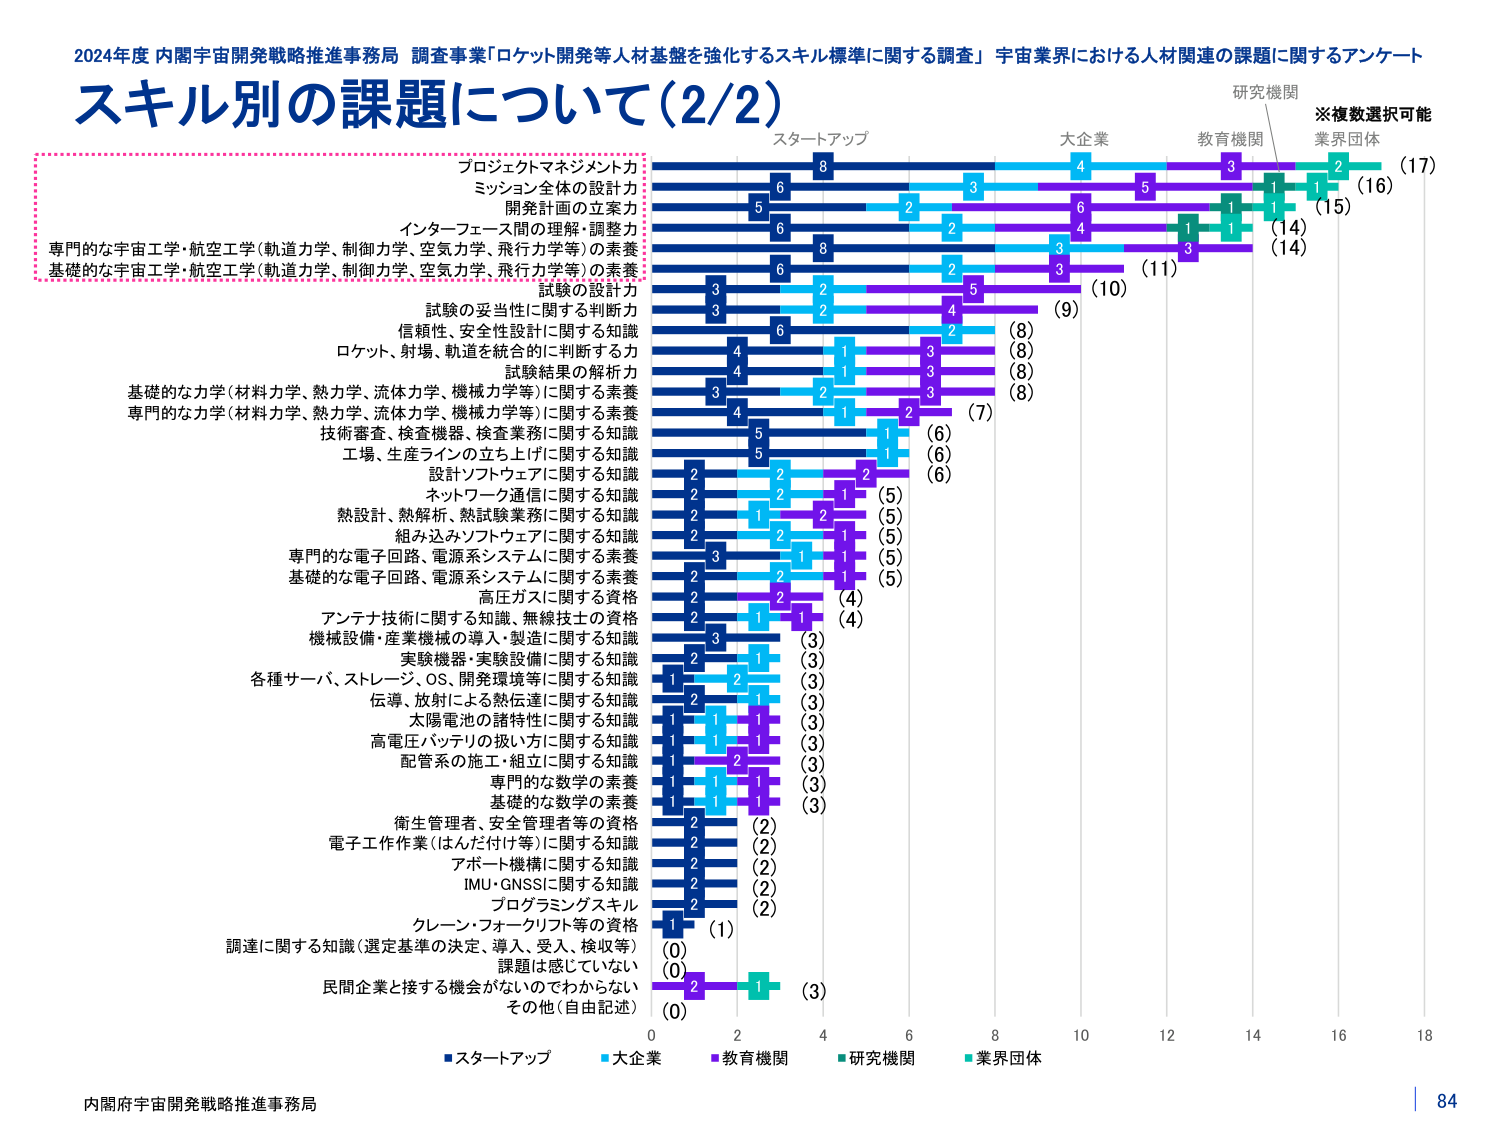
2024年度 内閣宇宙開発戦略推進事務局 調査事業「ロケット開発等人材基盤を強化するスキル標準に関する調査」 宇宙業界における人材関連の課題に関するアンケート
スキル別の課題について（2/2）
※複数選択可能
研究機関
スタートアップ
大企業
教育機関
業界団体
プロジェクトマネジメント力
ミッション全体の設計力
開発計画の立案力
インターフェース間の理解・調整力
専門的な宇宙工学・航空工学（軌道力学、制御力学、空気力学、飛行力学等）の素養
基礎的な宇宙工学・航空工学（軌道力学、制御力学、空気力学、飛行力学等）の素養
試験の設計力
試験の妥当性に関する判断力
信頼性、安全性設計に関する知識
ロケット、射場、軌道を統合的に判断する力
試験結果の解析力
基礎的な力学（材料力学、熱力学、流体力学、機械力学等）に関する素養
専門的な力学（材料力学、熱力学、流体力学、機械力学等）に関する素養
技術審査、検査機器、検査業務に関する知識
工場、生産ラインの立ち上げに関する知識
設計ソフトウェアに関する知識
ネットワーク通信に関する知識
熱設計、熱解析、熱試験業務に関する知識
組み込みソフトウェアに関する知識
専門的な電子回路、電源系システムに関する素養
基礎的な電子回路、電源系システムに関する素養
高圧ガスに関する資格
アンテナ技術に関する知識、無線技士の資格
機械設備・産業機械の導入・製造に関する知識
実験機器・実験設備に関する知識
各種サーバ、ストレージ、OS、開発環境等に関する知識
伝導、放射による熱伝達に関する知識
太陽電池の諸特性に関する知識
高電圧バッテリの扱いに関する知識
配管系の施工・組立に関する知識
専門的な数学の素養
基礎的な数学の素養
衛生管理者、安全管理者等の資格
電子工作作業（はんだ付け等）に関する知識
アボート機構に関する知識
IMU・GNSSに関する知識
プログラミングスキル
クレーン・フォークリフト等の資格
調達に関する知識（選定基準の決定、導入、受入、検収等）
課題は感じていない
民間企業と接する機会がないのでわからない
その他（自由記述）
（17）
（16）
（15）
（14）
（14）
（11）
（10）
（9）
（8）
（8）
（8）
（8）
（7）
（6）
（6）
（6）
（5）
（5）
（5）
（5）
（5）
（4）
（4）
（3）
（3）
（3）
（3）
（3）
（3）
（3）
（3）
（3）
（2）
（2）
（2）
（2）
（2）
（2）
（2）
（1）
（0）
（0）
（3）
（0）
■スタートアップ
■大企業
■教育機関
■研究機関
■業界団体
内閣府宇宙開発戦略推進事務局
84